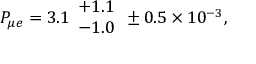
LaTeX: P _ { \mu e } = 3 . 1 \begin{array} { l } { { + 1 . 1 } } \\ { { - 1 . 0 } } \end{array} \pm 0 . 5 \times 1 0 ^ { - 3 } ,